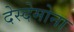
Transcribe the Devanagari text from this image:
देस्देमोना